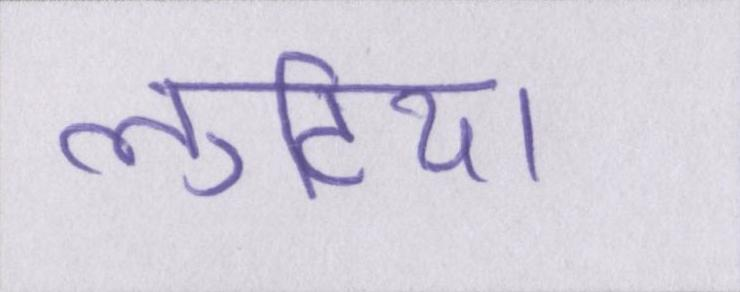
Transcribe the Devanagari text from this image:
लुटिया